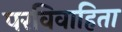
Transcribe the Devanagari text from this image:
परविवाहिता